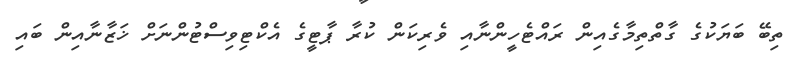
ތިބޭ ބަޔަކުގެ ގާތްތިމާގެއިން ރައްޓެހީންނާއި ވެރިކަން ކުރާ ޕާޓީގެ އެކްޓިވިސްޓުންނަށް ޚަޒާނާއިން ބައި